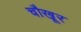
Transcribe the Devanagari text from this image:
चौखूर